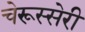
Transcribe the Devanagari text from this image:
चेरूस्सेरी